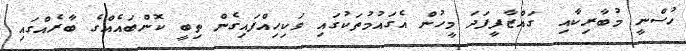
ހުސްނީ މުބާރިކާއި  ގައްޒާފީފަދަ މީހުން އެގައުމުތަކުގައި ވަކިހިއްފައިގެން ތިބީ ކޮންބައެއްގެ ބާރެއްގައި